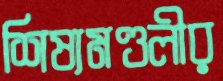
শিষ্যমণ্ডলীর